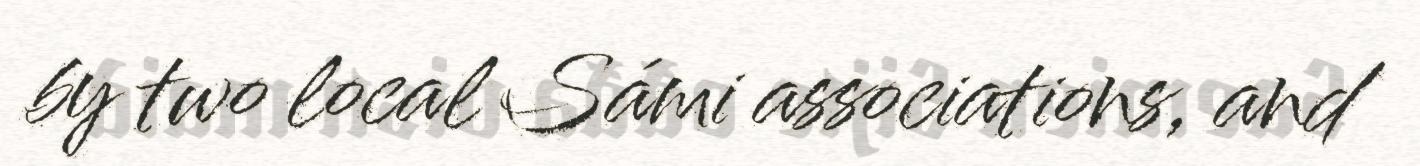
by two local Sámi associations, and